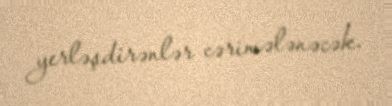
yerləşdirənlər cərimələnəcək.